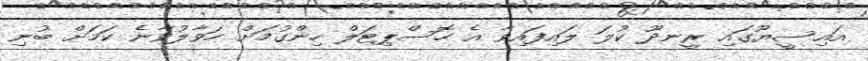
އައިސީޔޫގައި ރީނދޫ ކުލަ ލައިފައިވާ އެ ހޮސްޕިޓަލް ހިންގުމަށް ހަވާލުވާނެ ކަމަށް ބުނި